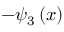
- \psi _ { 3 } \left( x \right)